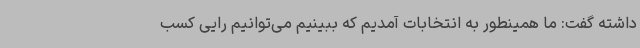
داشته گفت: ما همینطور به انتخابات آمدیم که ببینیم می‌توانیم رایی کسب